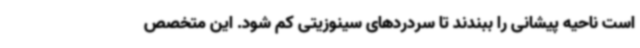
است ناحیه پیشانی را ببندند تا سردردهای سینوزیتی کم شود. این متخصص